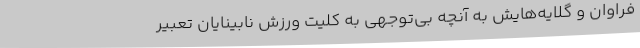
فراوان و گلایه‌هایش به آنچه بی‌توجهی به کلیت ورزش نابینایان تعبیر